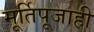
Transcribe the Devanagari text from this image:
मूर्तिपूजाही